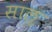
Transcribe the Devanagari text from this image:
साऌ